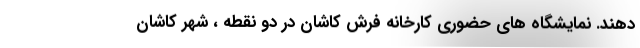
دهند. نمایشگاه های حضوری کارخانه فرش کاشان در دو نقطه ، شهر کاشان